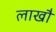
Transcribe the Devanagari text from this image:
लाखौ